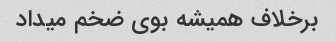
برخلاف همیشه بوی ضخم میداد